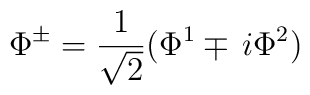
\Phi^{\pm} =  \frac{1}{\sqrt{2}}(\Phi^{1}\mp\,i\Phi^{2})